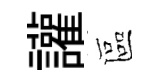
讙區